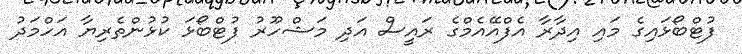
ފުޓްބޯޅައިގެ މައި އިދާރާ އެފްއޭއެމްގެ ރައީސް އަދި މަޝްހޫރު ފުޓްބޯޅަ ކުޅުންތެރިޔާ އަހްމަދު